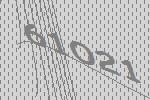
61021